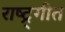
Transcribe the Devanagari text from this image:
राष्ट्र्गीत